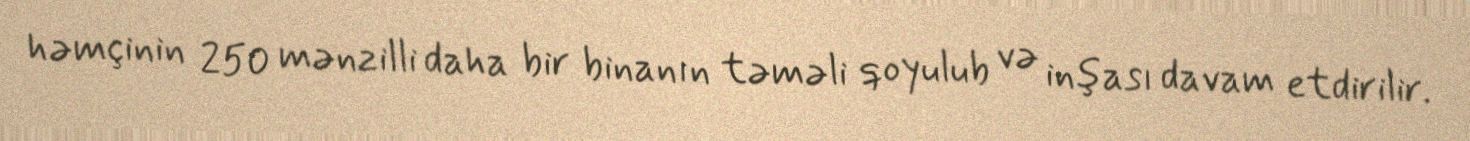
həmçinin 250 mənzilli daha bir binanın təməli qoyulub və inşası davam etdirilir.